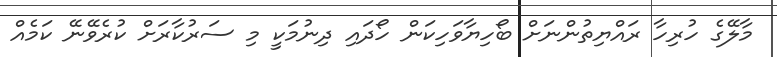
މާލޭގެ ހުރިހާ ރައްޔިތުންނަށް ބޯހިޔާވަހިކަން ހޯދައި ދިނުމަކީ މި ސަރުކާރަށް ކުރެވޭނޭ ކަމެއް